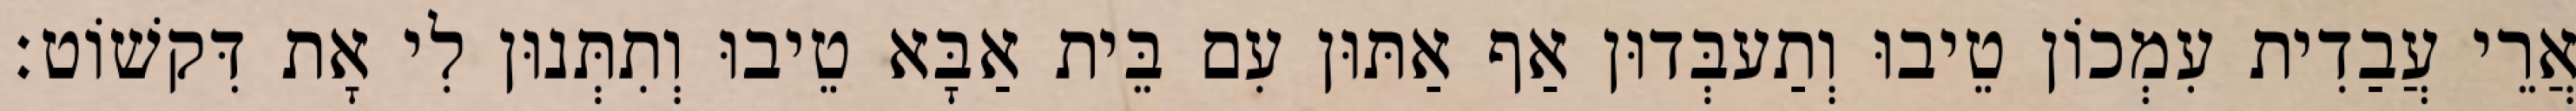
אֲרֵי עֲבַדִית עִמְכוֹן טֵיבוּ וְתַעבְּדוּן אַף אַתּוּן עִם בֵּית אַבָּא טֵיבוּ וְתִתְּנוּן לִי אָת דִּקשׁוֹט׃